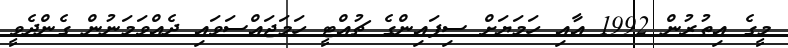
މީގެ އިތުރުން 1992 އާއި ހަމަޔަށް ސިފައިންގެ ޗުއްޓީ ހަމަޖައްސަވައި ދެއްވަމަނުން ގެންދެވީ